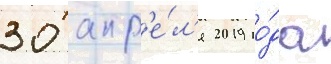
30 апр'е́л'я 2019 го́да